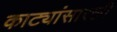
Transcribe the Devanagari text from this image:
काट्यांसारखी